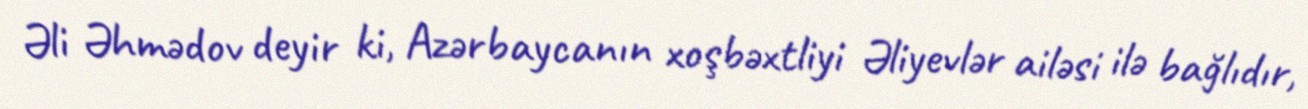
Əli Əhmədov deyir ki, Azərbaycanın xoşbəxtliyi Əliyevlər ailəsi ilə bağlıdır,